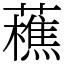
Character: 藮